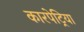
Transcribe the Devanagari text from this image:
कारपेट्रिया